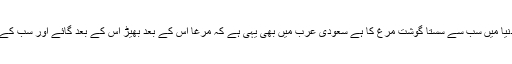
آج پوری دنیا میں سب سے سستا گوشت مرغ کا ہے سعودی عرب میں بھی یہی ہے کہ مرغا اس کے بعد بھیڑ اس کے بعد گائے اور سب کے بعد اونٹ۔